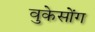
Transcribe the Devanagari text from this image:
वुकेसोंग